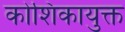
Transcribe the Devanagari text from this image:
कोशिकायुक्त